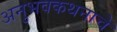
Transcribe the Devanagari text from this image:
अनुभवकथनाचे